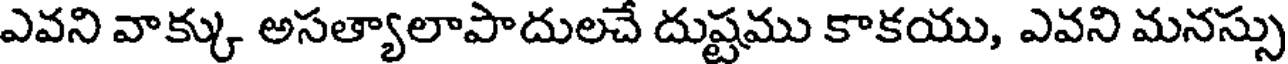
ఎవని వాక్కు అసత్యాలాపాదులచే దుష్టము కాకయు, ఎవని మనస్సు